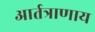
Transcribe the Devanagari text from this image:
आर्तत्राणाय